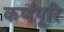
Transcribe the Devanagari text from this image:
कर्णपूरि